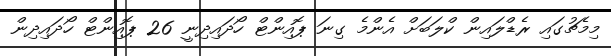
މިމެޗުގައި ރެޑްލައިން ކްލަބަށް އެންމެ ގިނަ ޕޮއިންޓް ހޯދައިދިނީ 26 ޕޮއިންޓް ހޯދައިދިން